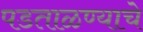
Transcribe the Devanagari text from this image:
पडताळण्याचे